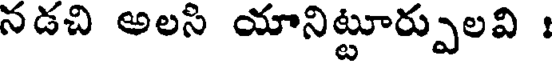
నడచి అలసి యానిట్టూర్పులవి :